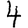
Digit: 4